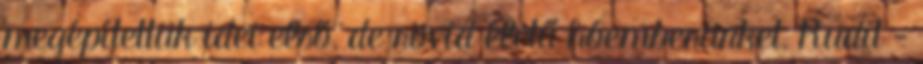
megépítettük idei első, de rövid életű hóemberünket, Rudit -